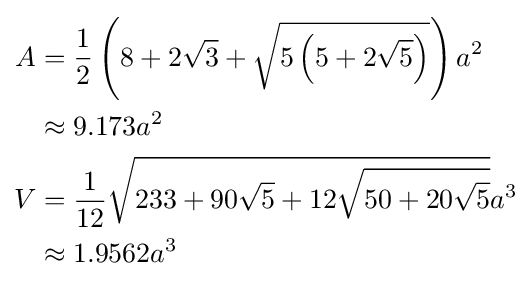
{\begin{aligned}A&={\frac {1}{2}}\left(8+2{\sqrt {3}}+{\sqrt {5\left(5+2{\sqrt {5}}\right)}}\right)a^{2}\\&\approx 9.173a^{2}\\V&={\frac {1}{12}}{\sqrt {233+90{\sqrt {5}}+12{\sqrt {50+20{\sqrt {5}}}}}}a^{3}\\&\approx 1.9562a^{3}\end{aligned}}